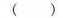
( )